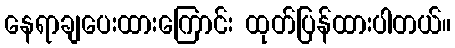
နေရာချပေးထားကြောင်း ထုတ်ပြန်ထားပါတယ်။